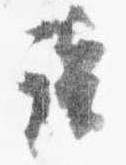
談